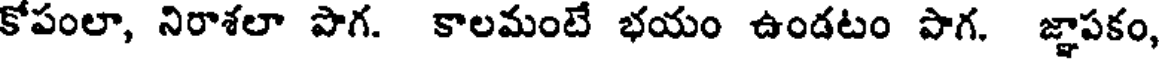
కోపంలా, నిరాశలా పొగ. కాలమంటే భయం ఉండటం పాగ, జ్ఞాపకం,